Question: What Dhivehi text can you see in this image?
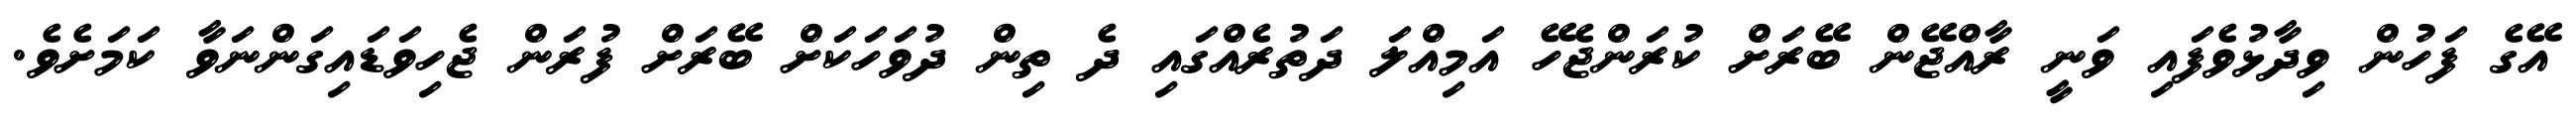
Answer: އޭގެ ފަހުން ވިދާޅުވެފައި ވަނީ ރާއްޖޭން ބޭރަށް ކުރަންޖެހޭ އަމިއްލަ ދަތުރެއްގައި ދެ ތިން ދުވަހަކަށް ބޭރަށް ފުރަން ޖެހިވަޑައިގަންނަވާ ކަމަށެވެ.